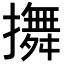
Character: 𢷵